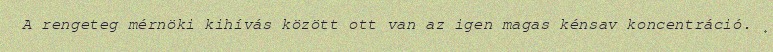
A rengeteg mérnöki kihívás között ott van az igen magas kénsav koncentráció.